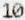
10